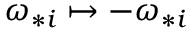
\omega _ { * i } \mapsto - \omega _ { * i }